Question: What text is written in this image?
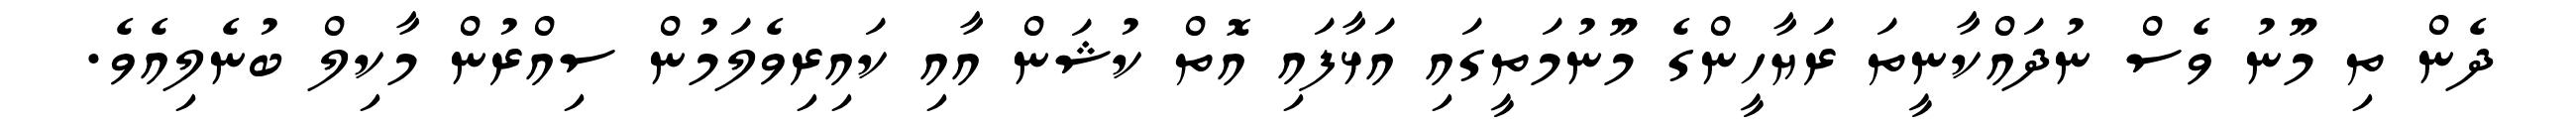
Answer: ދެން ތި މޫނު ވެސް ނުދައްކާނީތަ ރަޔާހީންގެ މޫނުމަތީގައި އަޅާފައި އޮތް ކުޝަން އާއި ކައިރިވެލަމުން ސިއްރުން މާކިލް ބުނެލިއެވެ.